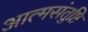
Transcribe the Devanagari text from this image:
आत्मसंतुष्टि